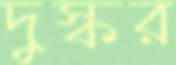
দুস্কর